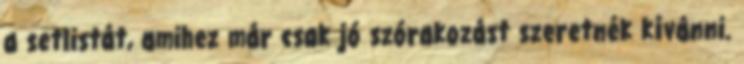
a setlistát, amihez már csak jó szórakozást szeretnék kívánni.